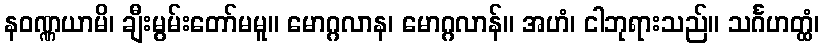
နဝဏ္ဏယာမိ၊ ချီးမွမ်းတော်မမူ။ မောဂ္ဂလာန၊ မောဂ္ဂလာန်။ အဟံ၊ ငါဘုရားသည်။ သင်္ဂဟတ္ထံ၊